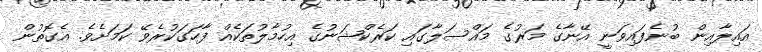
އައިލާއިން ބުނެފައިވަނީ އޭނާގެ މަރުގެ މައްސަލާގައި ކަރެކްޝަނުގެ އިހުމާލުތަކެއް ފާހަގަކުރެވޭ ކަމަށެވެ. އެގޮތުން